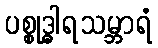
ပစ္စုဒ္ဓါရသမ္ဘာရံ